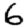
Digit: 6